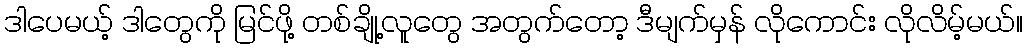
ဒါပေမယ့် ဒါတွေကို မြင်ဖို့ တစ်ချို့လူတွေ အတွက်တော့ ဒီမျက်မှန် လိုကောင်း လိုလိမ့်မယ်။